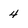
Character: 4